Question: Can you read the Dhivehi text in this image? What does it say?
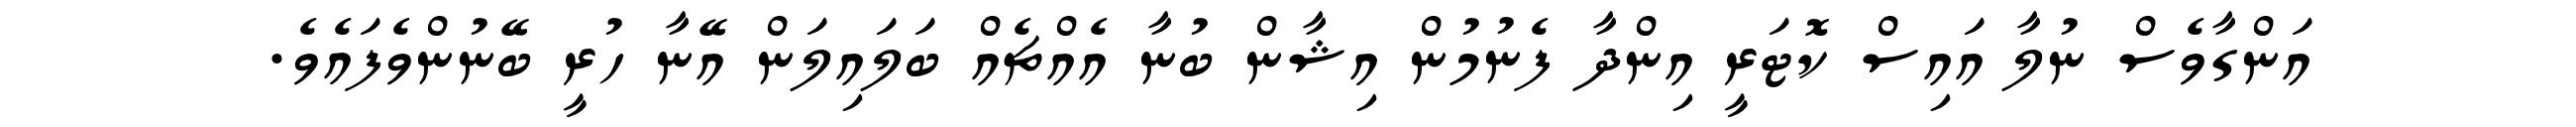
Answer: އަންގާވެސް ނުލާ އައިސް ކޮޓަރީ އިންދާ ފެނުމުން އިޝާން ބުނާ އެއްޗެއް ބަލައިލަން އޭނާ ހުރީ ބޭނުންވެފައެވެ.